Treatise on elephants
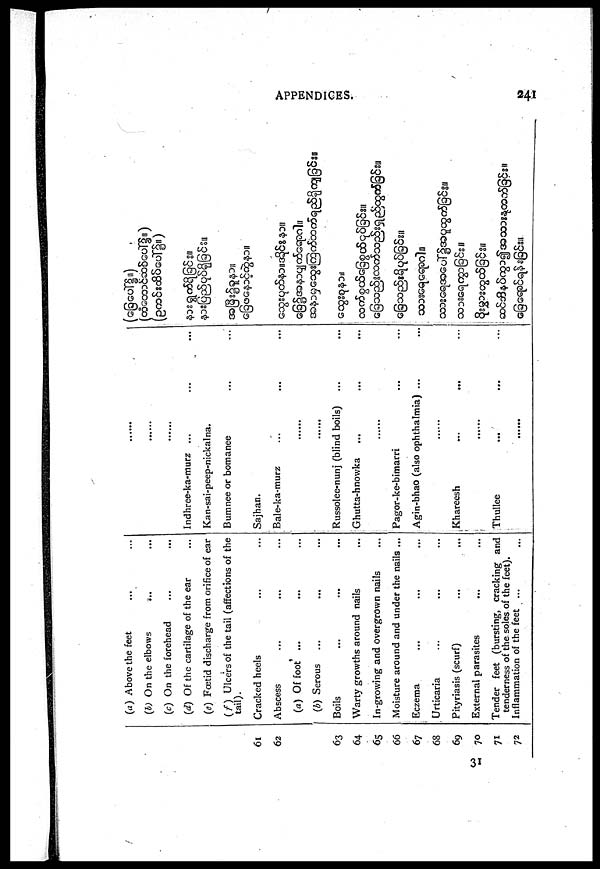
APPENDICES.
241
31
61
62
63
64
65
66
67
68
69
70
71
72
(a) Above the feet ... ...
(b) On the elbows ... ...
(c) On the forehead ... ...
(d) Of the cartilage of the ear ...
(e) Fœtid discharge from orifice of ear
( f) Ulcers of the tail (affections of the
tail).
Cracked heels ... ...
Abscess ... ... ...
(a) Of foot ... ... ...
(b) Serous ... ... ...
Boilsv ... ... ...
Warty growths around nails ...
In-growing and overgrown nails ...
Moisture around and under the nails ...
Eczema ... ... ...
Urticaria ... ... ...
Pityriasis (scurf) ... ...
External parasites ... ...
Tender feet (bursting, cracking and
tenderness of the soles of the feet).
Inflammation of the feet ... ...
.....
.......
Indhree-ka-murz ... ... ...
Kan-sai-peep-nickal na.
Bumnee or bomanee ... ...
Sajhan.
Bale-ka-murz ... ... ...
......
......
Russolee-nunj (blind boils) ... ...
Ghutta-hnowka ... ... ...
.......
Pagor-ke-bimarri
Agin-bhao (also ophthalmia) ...
........
Khareesh ... ... ...
Thullee ... ... ...
......